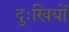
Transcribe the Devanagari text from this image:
दुःखियों